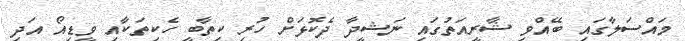
މައްސަލާގައި ބޭއްވި ޝާރީއަތުގައި ނަޝީދާ ދެކޮޅަށް ހުރި ކިތާބީ ހެކިތަކާއި ވީޑިއޯ އަދި